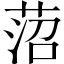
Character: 菬